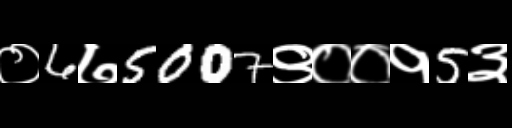
Text: ०6७5007९००१5३